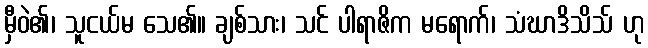
မှီဝဲ၏၊ သူငယ်မ သေ၏။ ချစ်သား၊ သင် ပါရာဇိက မရောက်၊ သံဃာဒိသိသ် ဟု